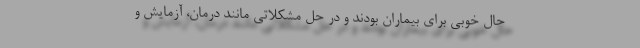
حال خوبی برای بیماران بودند و در حل مشکلاتی مانند درمان، آزمایش و